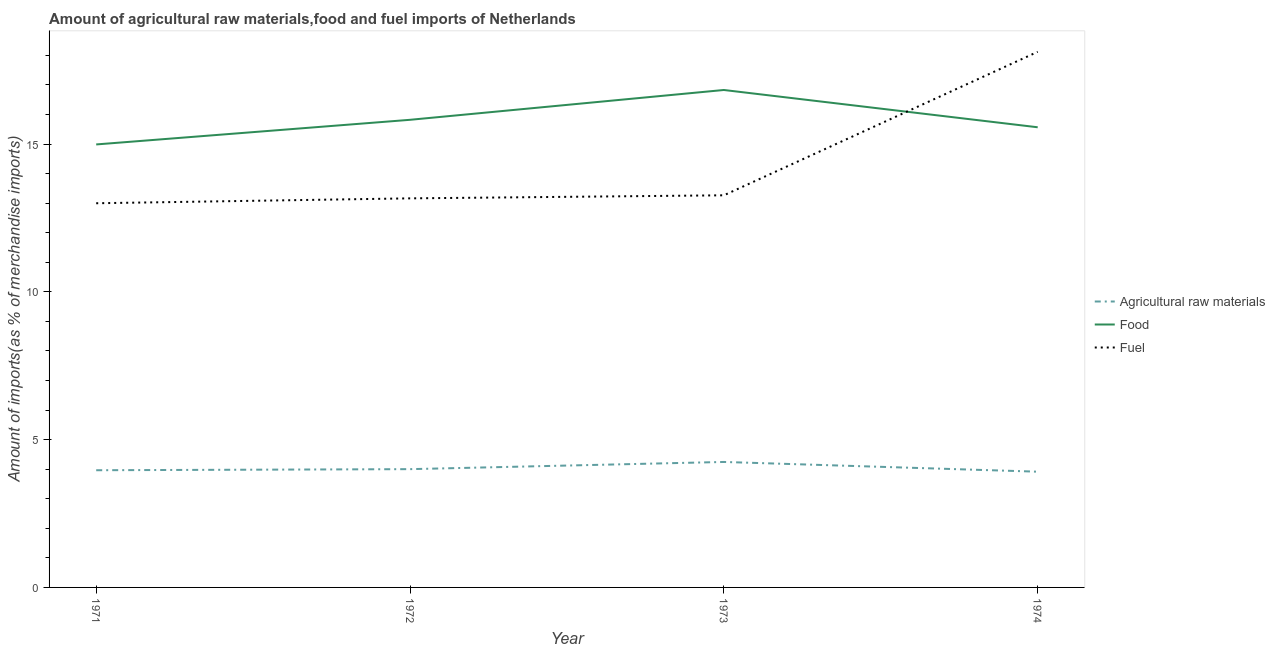
| Year | Agricultural raw materials | Food | Fuel |
 | --- | --- | --- | --- |
 | 1971 | 3.96 | 15 | 13 |
 | 1972 | 4 | 15.8 | 13.2 |
 | 1973 | 4.24 | 16.8 | 13.3 |
 | 1974 | 3.92 | 15.6 | 18.1 |